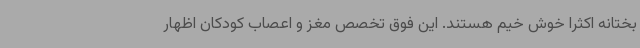
بختانه اکثرا خوش خیم هستند. این فوق تخصص مغز و اعصاب کودکان اظهار